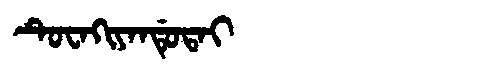
Manchu: ᡨᡠᠸᠠᡴᡳᠶᠠᠨᡩᡠᡨᠠᡳ
Romanization: TUWAKIYANDUTAI